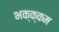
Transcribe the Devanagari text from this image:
भक्‍क्‍कम